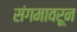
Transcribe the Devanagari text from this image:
संगमावरून